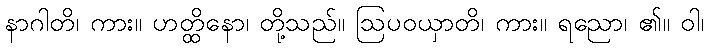
နာဂါတိ၊ ကား။ ဟတ္ထိနော၊ တို့သည်။ ဩပဝယှာတိ၊ ကား။ ရညော၊ ၏။ ဝါ၊